Indian journal of veterinary science and animal husbandry - Volume 9,
Year: 1939
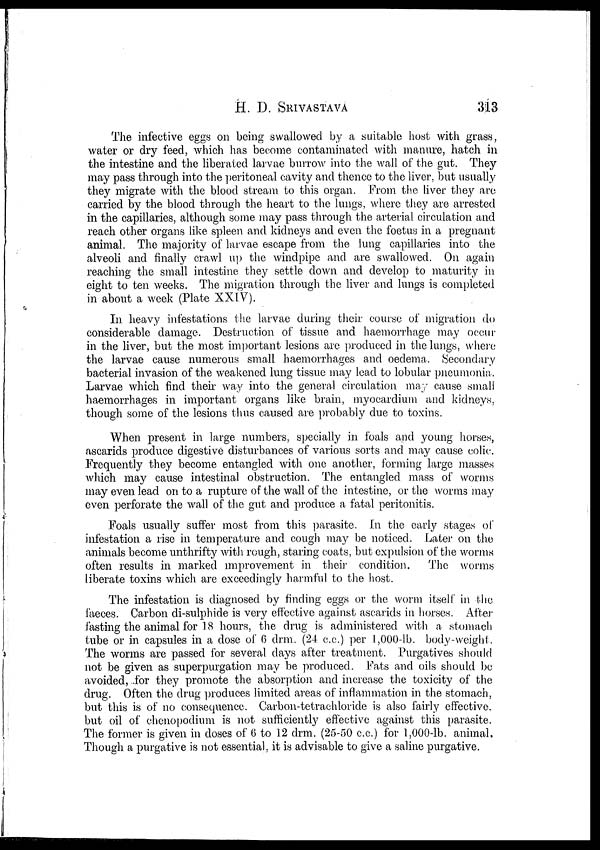
H. D.
SRIVASTAVA
313
The infective eggs on being swallowed by a suitable host with grass,
water or dry feed, which has become contaminated with manure, hatch in
the intestine and the liberated larvae burrow into the wall of the gut. They
may pass through into the peritoneal cavity and thence to the liver, but usually
they migrate with the blood stream to this organ. From the liver they are
carried by the blood through the heart to the lungs, where they are arrested
in the capillaries, although some may pass through the arterial circulation and
reach other organs like spleen and kidneys and even the foetus in a pregnant
animal. The majority of larvae escape from the lung capillaries into the
alveoli and finally crawl up the windpipe and are swallowed. On again
reaching the small intestine they settle down and develop to maturity in
eight to ten weeks. The migration through the liver and lungs is completed
in about a week (Plate XXIV).
In heavy infestations the larvae during their course of migration do
considerable damage. Destruction of tissue and haemorrhage may occur
in the liver, but the most important lesions are produced in the lungs, where
the larvae cause numerous small haemorrhages and oedema. Secondary
bacterial invasion of the weakened lung tissue may lead to lobular pneumonia..
Larvae which find their way into the general circulation may cause small
haemorrhages in important organs like brain, myocardium and. kidneys,
though some of the lesions thus caused are probably due to toxins.
When present in large numbers, specially in foals and young horses,
ascarids produce digestive disturbances of various sorts and may cause colic.
Frequently they become entangled with one another, forming large masses
which may cause intestinal obstruction. The entangled mass of worms
may even lead on to a rupture of the wall of the intestine, or the worms may
even perforate the wall of the gut and produce a fatal peritonitis.
Foals usually suffer most from this parasite. In the early stages of
infestation a rise in temperature and cough may be noticed. Later on the
animals become unthrifty with rough, staring coats, but expulsion of the worms
often results in marked improvement in their condition.
The worms
liberate toxins which are exceedingly harmful to the host.
The infestation is diagnosed by finding eggs or the worm itself in the
faeces. Carbon di-sulphide is very effective against ascarids in horses. After
fasting the animal for 18 hours, the drug is administered with a stomach
tube or in capsules in a dose of 6 drm. (24 c.c.) per 1,000-lb. body-weight.
The worms are passed for several days after treatment. Purgatives should
not be given as superpurgation may be produced. Fats and oils should be
avoided, for they promote the absorption and increase the toxicity of the
drug. Often the drug produces limited areas of inflammation in the stomach,
but this is of no consequence. Carbon-tetrachloride is also fairly effective,
but oil of chenopodium is not sufficiently effective against this parasite.
The former is given in doses of 6 to 12 drm. (25-50 c.c.) for 1,000-lb. animal.
Though a purgative is not essential, it is advisable to give a saline purgative.